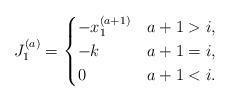
LaTeX: \begin{align*}J_1^{(a)} = \begin{cases}-x_1^{(a+1)} & a+1 > i, \\-k & a+1 = i, \\0 & a+1 < i.\end{cases}\end{align*}